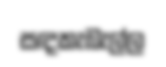
සඳකැබැල්ල